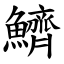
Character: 鱭